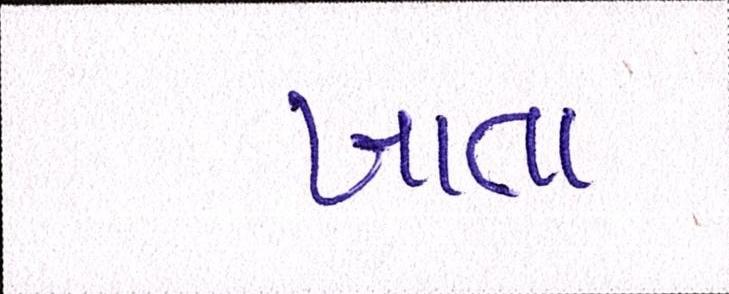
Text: ખાતા